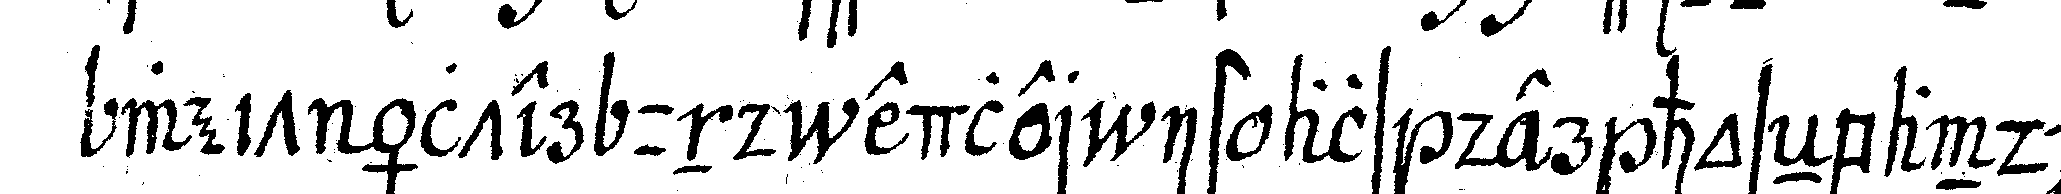
weit älter und edler ist als der hoseNband